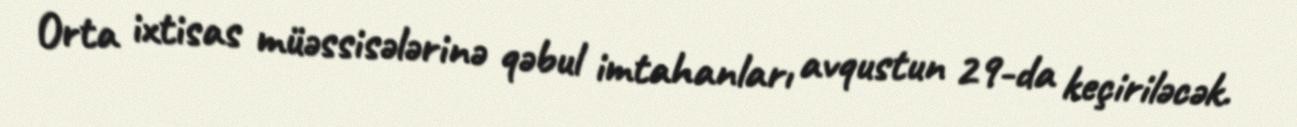
Orta ixtisas müəssisələrinə qəbul imtahanları avqustun 29-da keçiriləcək.